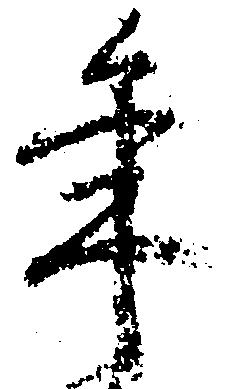
年